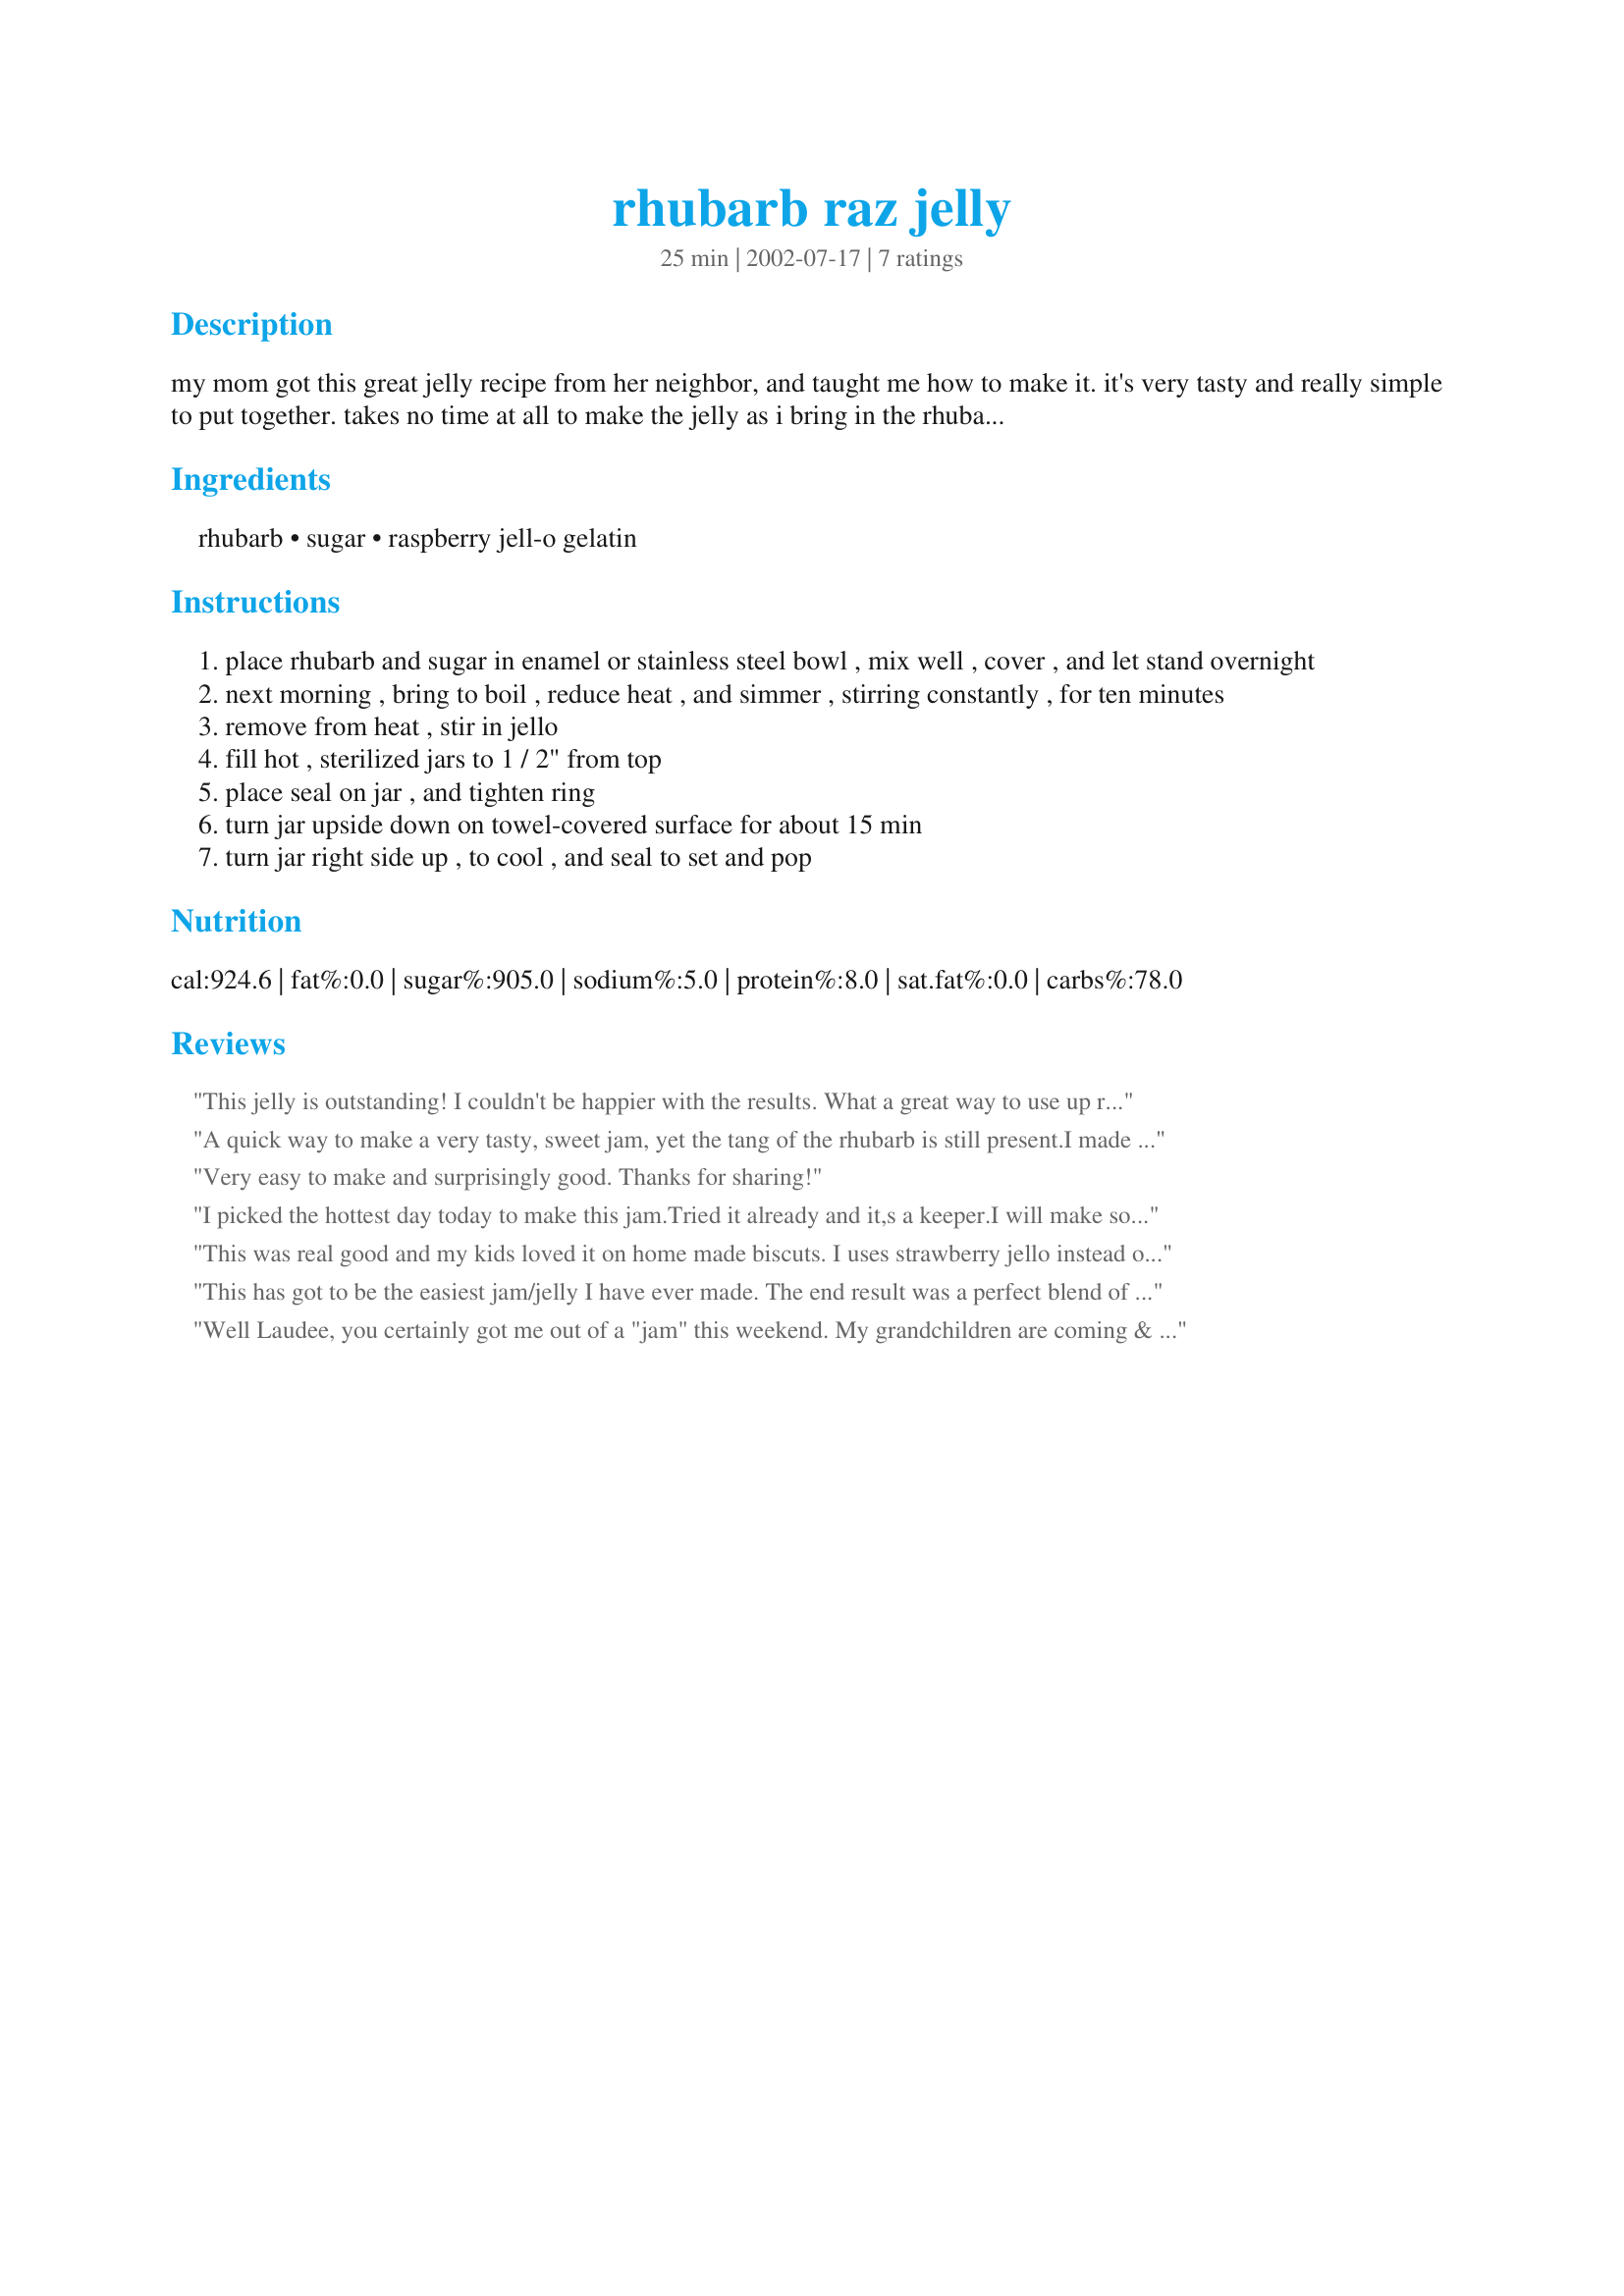
rhubarb raz jelly
Preparation time: 25 minutes

my mom got this great jelly recipe from her neighbor, and taught me how to make it. it's very tasty and really simple to put together. takes no time at all to make the jelly as i bring in the rhubarb from the garden and clean and cut it into 1

Ingredients:
rhubarb, sugar, raspberry jell-o gelatin

Steps:
place rhubarb and sugar in enamel or stainless steel bowl , mix well , cover , and let stand overnight
next morning , bring to boil , reduce heat , and simmer , stirring constantly , for ten minutes
remove from heat , stir in jello
fill hot , sterilized jars to 1 / 2" from top
place seal on jar , and tighten ring
turn jar upside down on towel-covered surface for about 15 min
turn jar right side up , to cool , and seal to set and pop

Reviews:
This jelly is outstanding! I couldn't be happier with the results. What a great way to use up rhubarb. I had 5 cups in the freezer and it turned out great. I can't wait until I have more rhubarb to pick so that I can make more. My husband is so crazy about this jelly that the entire jar is almost gone in one week. Thank you so much for posting!
A quick way to make a very tasty, sweet jam, yet the tang of the rhubarb is still present.I made this with frozen rhubarb and a package of wild raspberry jello. It's the easiest jam I ever made! YUMMY!
Very easy to make and surprisingly good.
Thanks for sharing!
I picked the hottest day today to make this jam.Tried it already and it,s a keeper.I will make some more but in the fall.
This was real good and my kids loved it on home made biscuts. 
 I uses strawberry jello instead of the rasberry.
This has got to be the easiest jam/jelly I have ever made. The end result was a perfect blend of the rhubarb & raspberry flavors..a sweet jelly with a slight tang to it. Thanks for sharing this one.
Well Laudee, you certainly got me out of a "jam" this weekend. My grandchildren are coming & the cupboard is bare - at least there's no home made jam or jelly - and they won't eat the store bought stuff anymore. Fortunately, I had 2 bags of rhubarb in the freezer (it came to exactly 5 cups) and 1 package of jello in the cupboard. Would you believe that it was raspberry - I was destined to try this recipe!!! 
I didn't have time for it to sit overnight ( 8 hours had to do) but it worked out anyway. I don't like lumps of fruit in my jams...so I used a potato masher to remove.
This was easy to make & tastes very good. Thank you!!!
